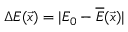
\Delta E ( \vec { x } ) = | E _ { 0 } - \overline { { E } } ( \vec { x } ) |